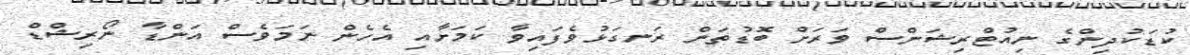
ކުޑަކުދިންގެ ނިއުޓްރިޝަންސް ވަރަށް ބޮޑުތަން ރަނގަޅުވެފައިވާ ކަމަށާއި އެހެން ނަމަވެސް އަންޑާ ނޯރިޝްޑް